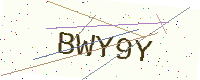
Text: BWY9Y